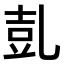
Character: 𠃸